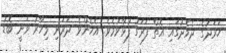
ހަރަދުގެ ދެމެދުގައި އޮތް ފަރަގު ފުޅާވުމެވެ. އެހެންވެ ދަރަނި މިހާރު ވަނީ ބޮޑު